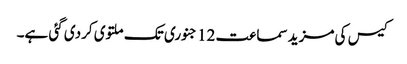
کیس کی مزید سماعت 12 جنوری تک ملتوی کردی گئی ہے۔